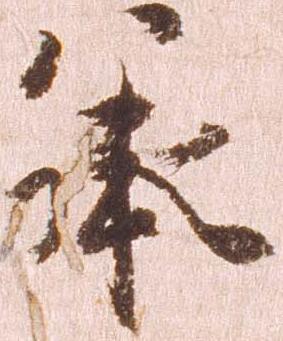
承